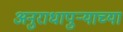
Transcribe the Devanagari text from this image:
अनुराधापुऱ्याच्या